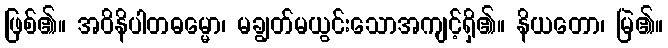
ဖြစ်၏။ အဝိနိပါတဓမ္မော၊ မချွတ်မယွင်းသောအကျင့်ရှိ၏။ နိယတော၊ မြဲ၏။